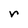
Character: r